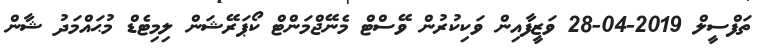
ތަފްސީލް 2019-04-28 ވަޒީފާއިން ވަކިކުރުން ވޭސްޓް މެނޭޖްމަންޓް ކޯޕަރޭޝަން ލިމިޓެޑް މުޙައްމަދު ޝާން